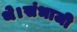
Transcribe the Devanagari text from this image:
थे।संभाजी